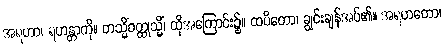
အရဟာ၊ ရဟန္တာကို။ တသ္မိံဝတ္ထုသ္မိံ၊ ထိုအကြောင်း၌။ ထပိတော၊ ချွင်းချန်အပ်၏။ အရဟတော၊